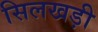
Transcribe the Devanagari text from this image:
सिलखड़ी